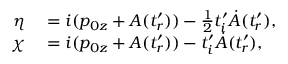
\begin{array} { r l } { \eta } & { { } = i ( p _ { 0 z } + A ( t _ { r } ^ { \prime } ) ) - \frac { 1 } { 2 } t _ { i } ^ { \prime } \dot { A } ( t _ { r } ^ { \prime } ) , } \\ { \chi } & { { } = i ( p _ { 0 z } + A ( t _ { r } ^ { \prime } ) ) - t _ { i } ^ { \prime } \dot { A } ( t _ { r } ^ { \prime } ) , } \end{array}